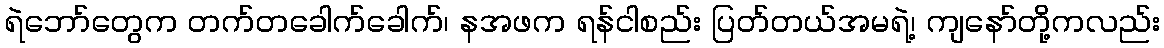
ရဲဘော်တွေက တက်တခေါက်ခေါက်၊ နအဖက ရန်ငါစည်း ပြတ်တယ်အမရဲ့၊ ကျနော်တို့ကလည်း